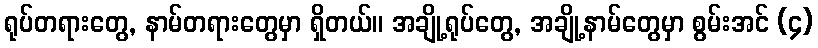
ရုပ်တရားတွေ, နာမ်တရားတွေမှာ ရှိတယ်။ အချို့ရုပ်တွေ, အချို့နာမ်တွေမှာ စွမ်းအင် (၄)